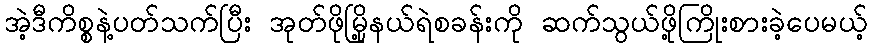
အဲ့ဒီကိစ္စနဲ့ပတ်သက်ပြီး အုတ်ဖိုမြို့နယ်ရဲစခန်းကို ဆက်သွယ်ဖို့ကြိုးစားခဲ့ပေမယ့်